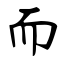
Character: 而